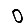
Digit: 0